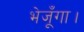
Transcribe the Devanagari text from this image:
भेजूँगा।